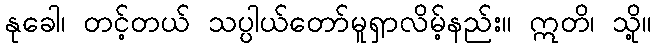
နုခေါ၊ တင့်တယ် သပ္ပါယ်တော်မူရှာလိမ့်နည်း။ ဣတိ၊ သို့။